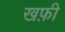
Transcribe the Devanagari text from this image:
खफ़ी